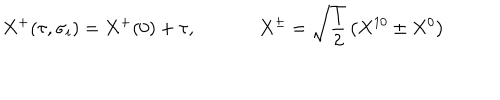
X ^ { + } ( \tau , \sigma _ { i } ) = X ^ { + } ( 0 ) + \tau , \, \, \, \, \, \, \, \, \, \, \, \, \, \, \, \, \, \, \, \, X ^ { \pm } = \sqrt { \frac { 1 } { 2 } } \left( X ^ { 1 0 } \pm X ^ { 0 } \right)